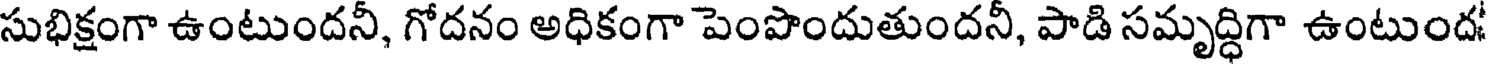
సుభిక్షంగా ఉంటుందనీ, గోదనం అధికంగా పెంపొందుతుందనీ, పాడి సమృద్ధిగా ఉంటుంద